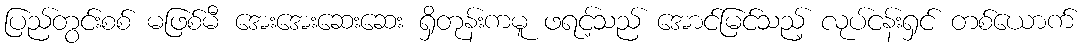
ပြည်တွင်းစစ် မဖြစ်မီ အေးအေးဆေးဆေး ရှိတုန်းကမူ ဖရင့်သည် အောင်မြင်သည့် လုပ်ငန်းရှင် တစ်ယောက်